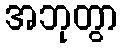
အဘုတွာ